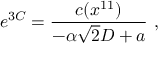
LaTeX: e ^ { 3 C } = { \frac { c ( x ^ { 1 1 } ) } { - \alpha \sqrt { 2 } D + a } } \ ,